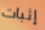
إثبات